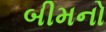
બીમનો